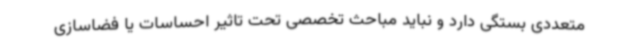
متعددی بستگی دارد و نباید مباحث تخصصی تحت تاثیر احساسات یا فضاسازی